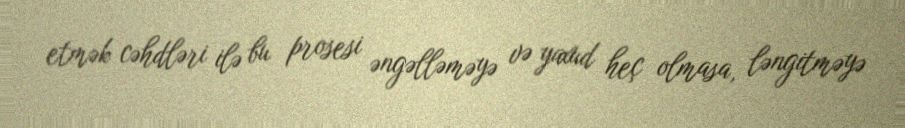
etmək cəhdləri ilə bu prosesi əngəlləməyə və yaxud heç olmasa, ləngitməyə